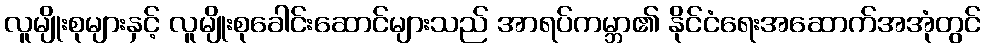
လူမျိုးစုများနှင့် လူမျိုးစုခေါင်းဆောင်များသည် အာရပ်ကမ္ဘာ၏ နိုင်ငံရေးအဆောက်အအုံတွင်